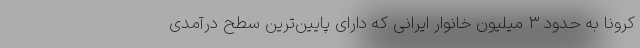
کرونا به حدود ۳ میلیون خانوار ایرانی که دارای پایین‌ترین سطح درآمدی